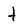
Character: t